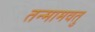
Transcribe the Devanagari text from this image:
तन्मामवतु